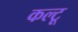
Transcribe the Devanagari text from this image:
कल्टू